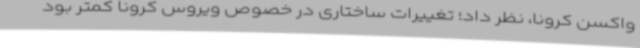
واکسن کرونا، نظر داد؛ تغییرات ساختاری در خصوص ویروس کرونا کمتر بود